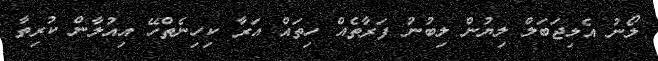
ލޯނު އެލިޖަބަލް ލިޔުން ލިބުނު ފަރާތެއް ހިތައް އަރާ ކިހިނެތްހޭ އިއުލާން ކުރިތާ